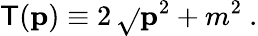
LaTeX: \mathsf{T}({\mathbf{p}})\equiv2\, \sqrt{}{{{\mathbf{p}}^{2}+m^{2}}}\ .